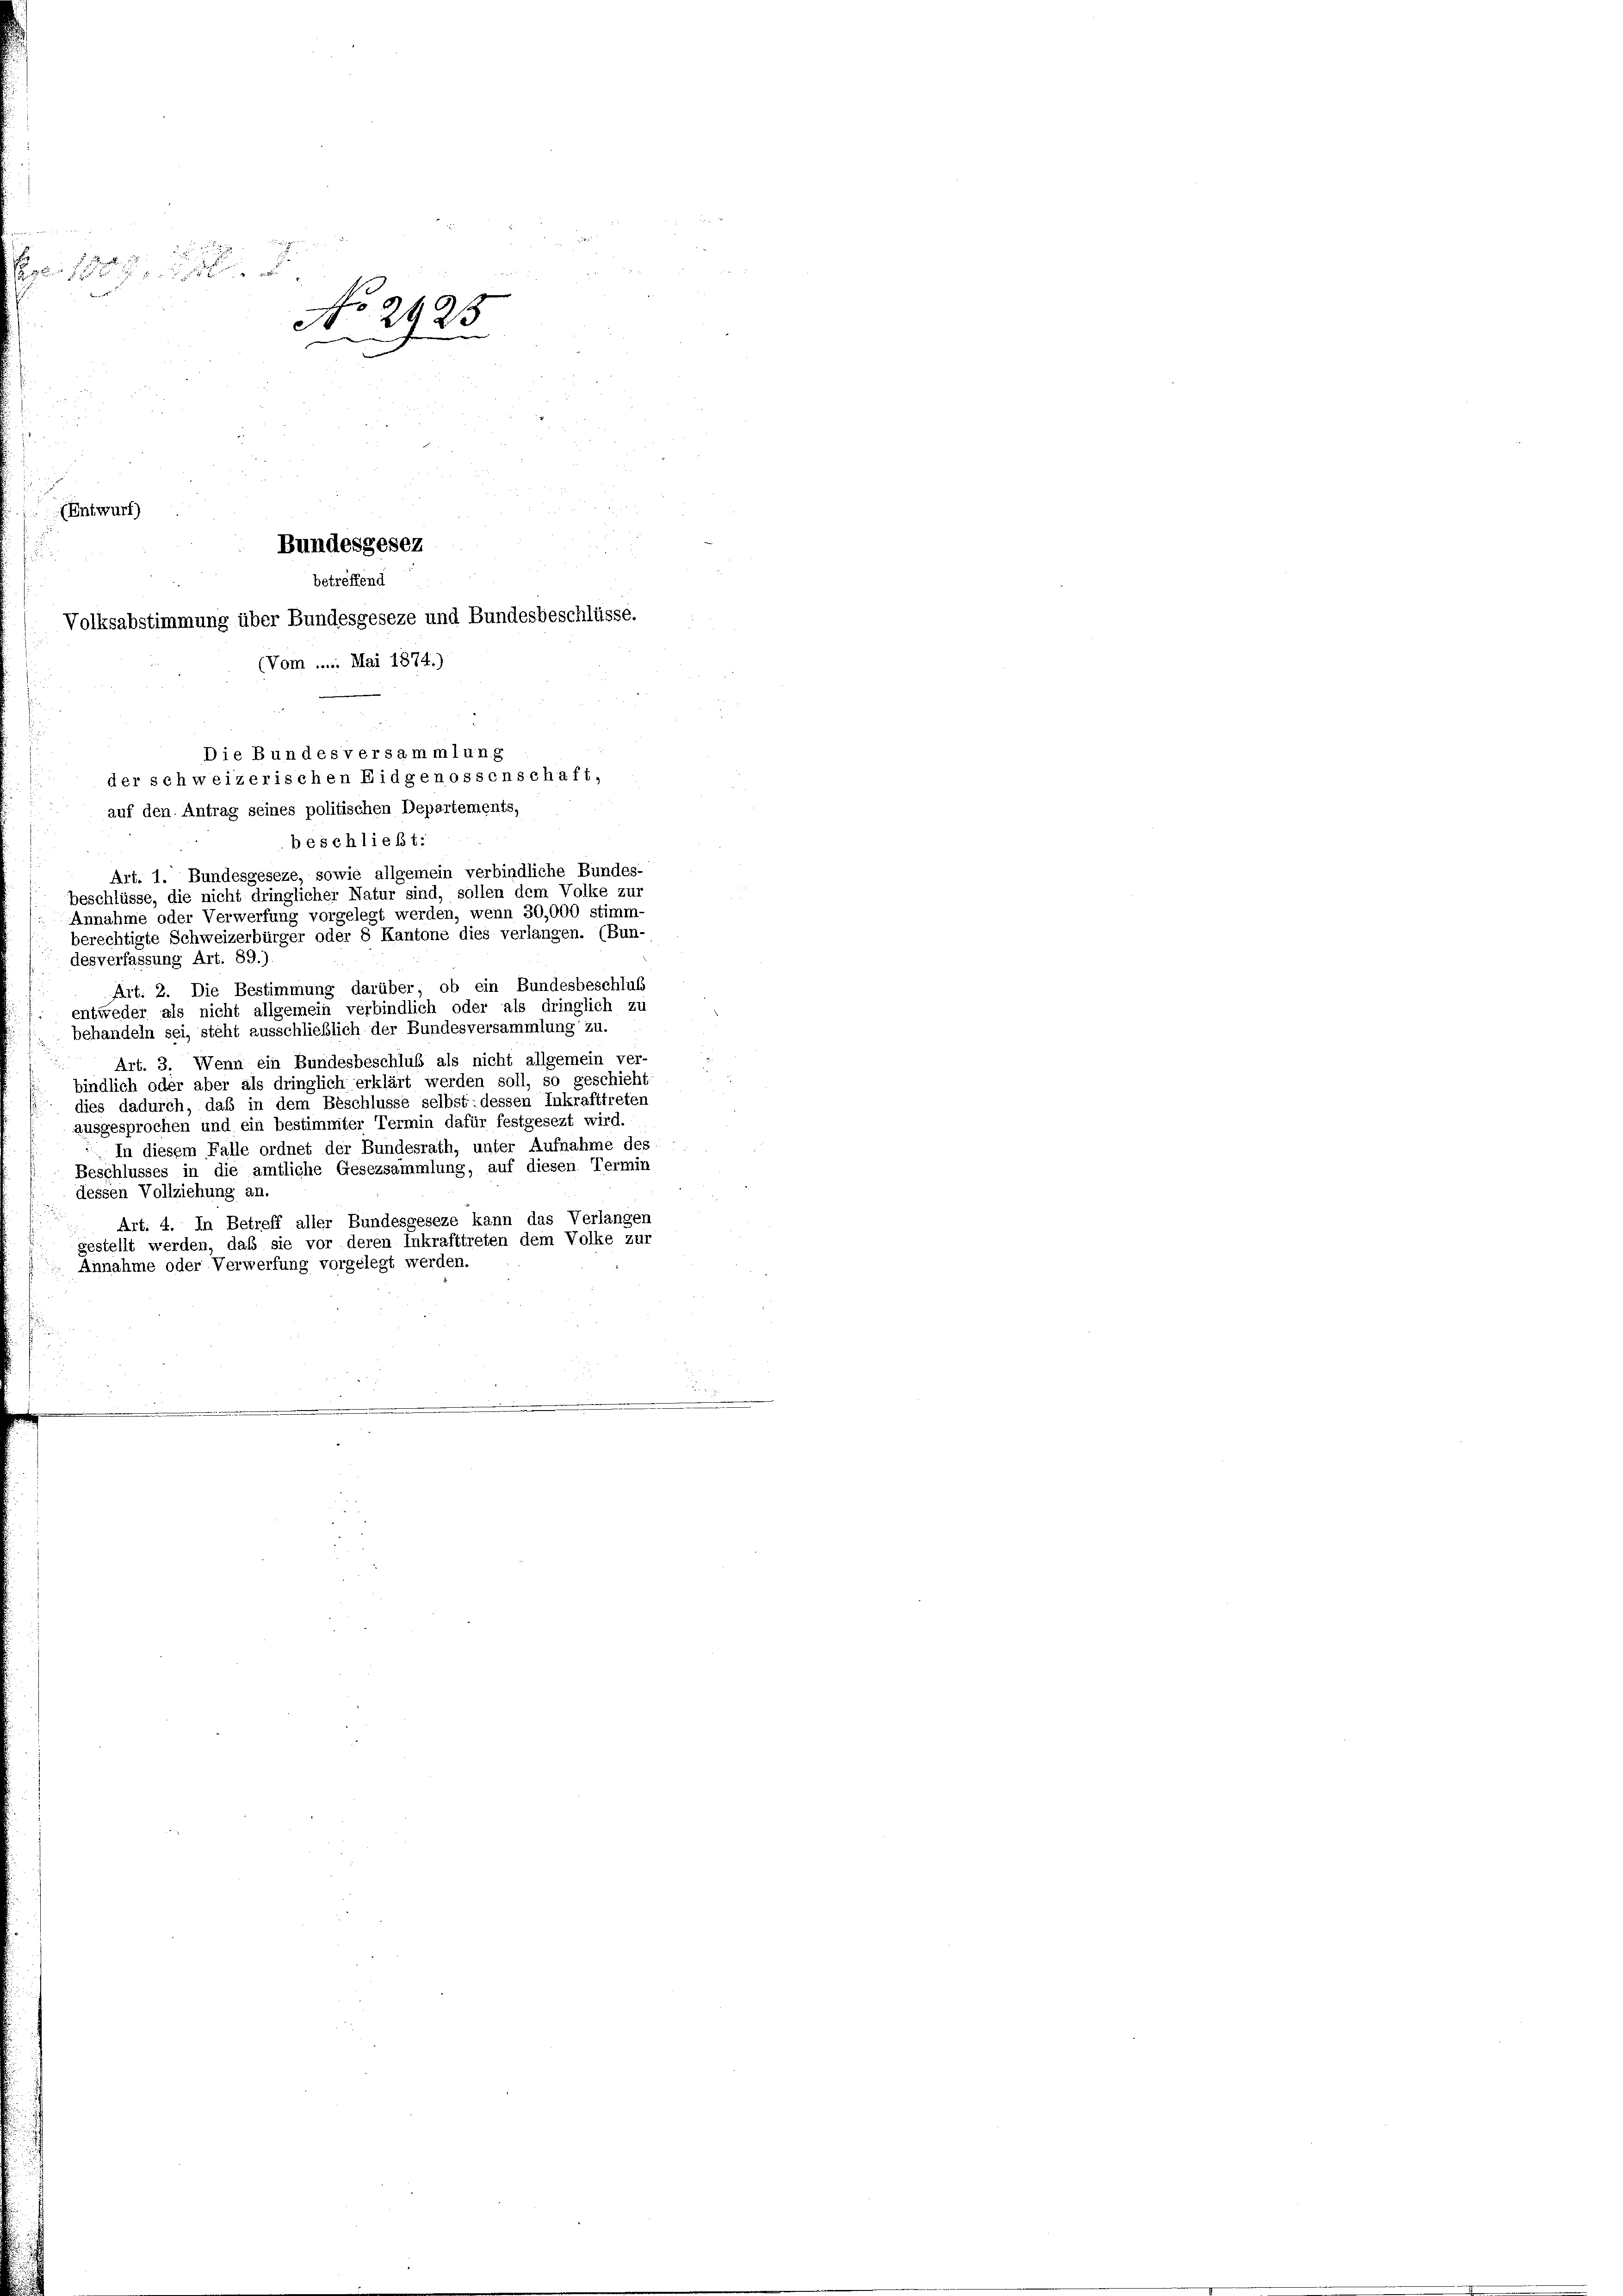
u

Rhein H
No 2923.
(Entwurf)
Bundesgesez
betreffend
Volksabstimmung über Bundesgeseze und Bundesbeschlüsse.
(Vom ..... Mai 1874.)

Die Bundesversammlung
der schweizerischen Eidgenossenschaft,
auf den Antrag seines politischen Departements,
beschließt:
Art. 1. Bundesgeseze, sowie allgemein verbindliche Bundes-
beschlüsse, die nicht dringlicher Natur sind, sollen dem Volke zur

berechtigte Schweizerbürger oder 8 Kantone dies verlangen. (Bun-
desverfassung Art. 89.)
Art. 2. Die Bestimmung darüber, ob ein Bundesbeschluß
entweder als nicht allgemein verbindlich oder als dringlich zu
behandeln sei, steht ausschließlich der Bundesversammlung zu.
Art. 3. Wenn ein Bundesbeschluß als nicht allgemein ver-
bindlich oder aber als dringlich erklärt werden soll, so geschieht
dies dadurch, daß in dem Beschlüsse selbst: dessen Inkrafttreten
ausgesprochen und ein bestimmter Termin dafür festgesezt wird.
 In diesem Falle ordnet der Bundesrath, unter Aufnahme des
Beschlusses in die amtliche Gesezsammlung, auf diesen Termin
dessen Vollziehung an.
Art. 4. In Betreff aller Bundesgeseze kann das Verlangen
gestellt werden, daß sie vor deren Inkrafttreten dem Volke zur
Annahme oder Verwerfung vorgelegt werden.

Annahme oder Verwerfung vorgelegt werden, wenn 30,000 stimm-